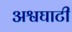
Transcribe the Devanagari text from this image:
अश्वघाटी